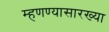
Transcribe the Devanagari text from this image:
म्हणण्यासारख्या